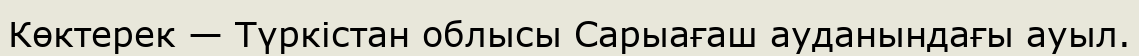
Көктерек — Түркістан облысы Сарыағаш ауданындағы ауыл.